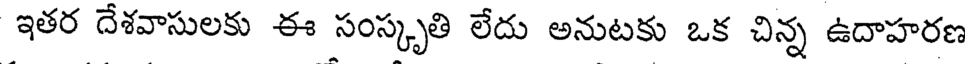
ఇతర దేశవాసులకు ఈ సంస్కృతి లేదు అనుటకు ఒక చిన్న ఉదాహరణ